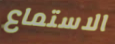
الاستماع